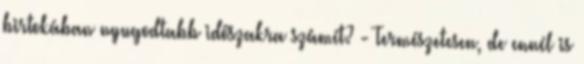
birtokában nyugodtabb időszakra számít? - Természetesen, de ennél is